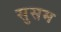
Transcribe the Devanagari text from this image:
सुसम